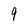
Character: 9